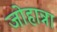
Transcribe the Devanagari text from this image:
जोहान्ना